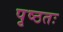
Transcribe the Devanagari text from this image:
पृष्ठतः